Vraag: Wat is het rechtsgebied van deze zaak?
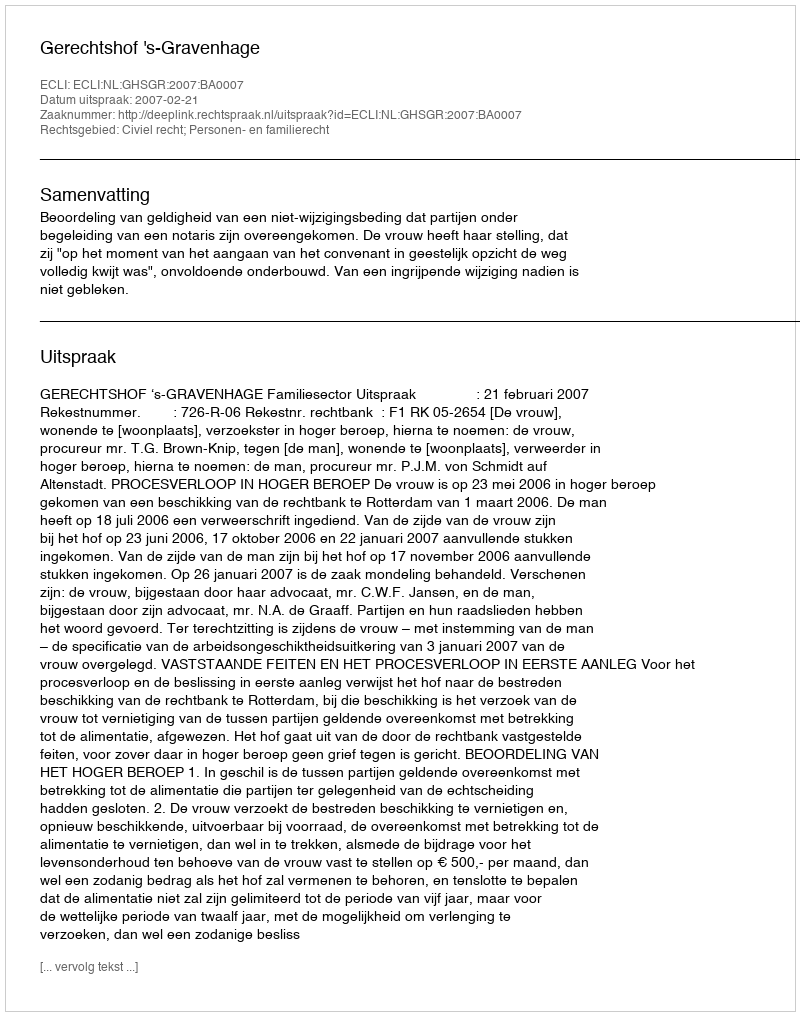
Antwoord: Civiel recht; Personen- en familierecht